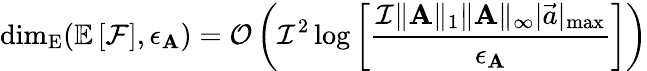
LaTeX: \mathrm{dim}_{\mathrm{E}}(\mathbb{E}\left[\mathcal{F}\right],\epsilon_{\mathbf{A}})=\mathcal{O}\left(\mathcal{I}^{2}\log\left[\frac{\mathcal{I}\| \mathbf{A}\| _{1}\| \mathbf{A}\| _{\infty}|\vec{a}|_{\operatorname*{max}}}{\epsilon_{\mathbf{A}}}\right]\right)